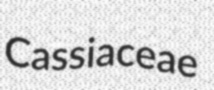
Cassiaceae